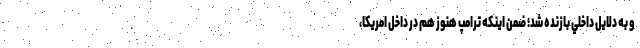
و به دلايل داخلي بازنده شد؛ ضمن اينكه ترامپ هنوز هم در داخل امريكا،